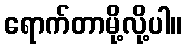
ရောက်တာမို့လို့ပါ။